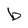
Character: b